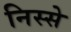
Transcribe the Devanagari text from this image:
निस्से